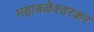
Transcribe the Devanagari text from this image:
महाबळेश्वरकर